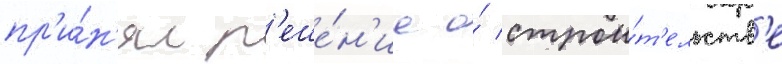
пр'и́н'ял р'еше́н'ие о́ строи́т'ельств'е